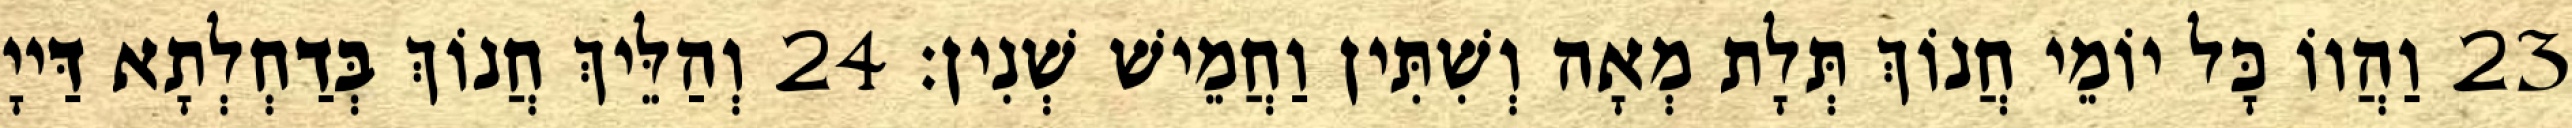
23 וַהֲווֹ כָּל יוֹמֵי חֲנוֹךְ תְּלָת מְאָה וְשִׁתִּין וַחֲמֵישׁ שְׁנִין׃ 24 וְהַלֵּיךְ חֲנוֹךְ בְּדַחְלְתָא דַּייָ